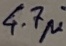
Text: 4.7µ